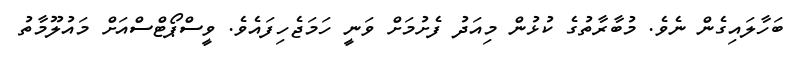
ބަހާލައިގެން ނެވެ. މުބާރާތުގެ ކުޅުން މިއަދު ފެށުމަށް ވަނީ ހަމަޖެހިފައެވެ. ވީސްޕޯޓްސްއަށް މައުލޫމާތު